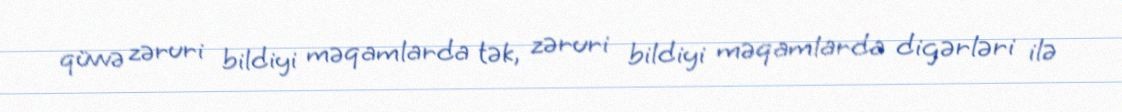
qüvvə zəruri bildiyi məqamlarda tək, zəruri bildiyi məqamlarda digərləri ilə